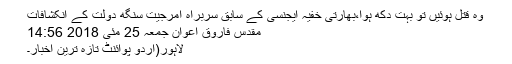
وہ قتل ہوئیں تو بہت دکھ ہوا،بھارتی خفیہ ایجنسی کے سابق سربراہ امرجیت سنگھ دولت کے انکشافات
مقدس فاروق اعوان جمعہ 25 مئی 2018 14:56
لاہور(اردو پوائنٹ تازہ ترین اخبار۔